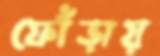
ফোঁড়ায়